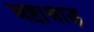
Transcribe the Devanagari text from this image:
अष्टाश्राद्ध